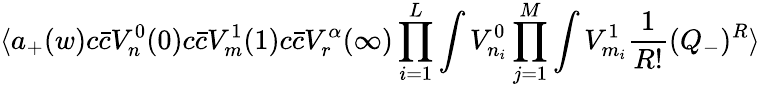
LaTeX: \langle a_{+}(w)c{\bar{c}}V_{n}^{0}(0)c{\bar{c}}V_{m}^{1}(1)c{\bar{c}}V_{r}^{\alpha}(\infty)\prod_{i=1}^{L}\int V_{n_{i}}^{0}\prod_{j=1}^{M}\int V_{m_{i}}^{1}{\frac{1}{R!}}(Q_{-})^{R}\rangle